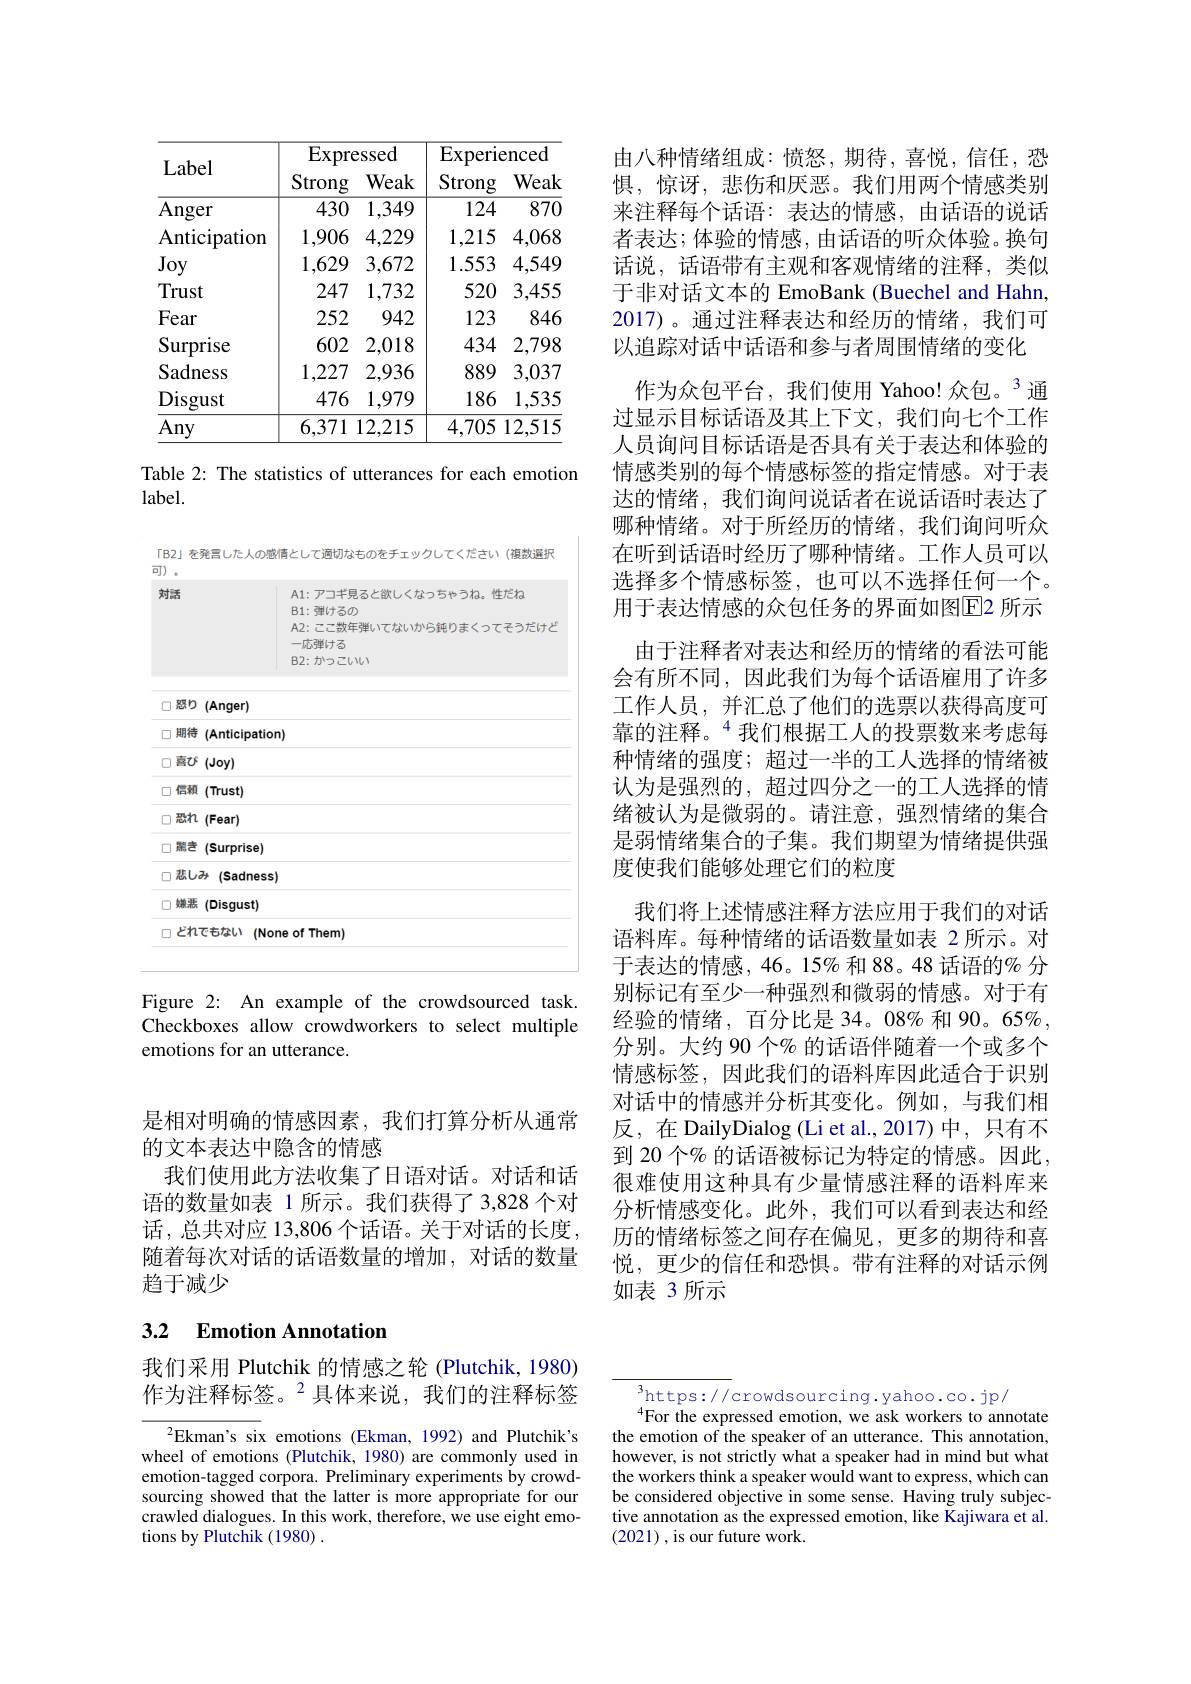
是相对明确的情感因素，我们打算分析从通常
的文本表达中隐含的情感
我们使用此方法收集了日语对话。对话和话语的数量如表 1 所示。我们获得了 3,828 个对话，总共对应 13,806 个话语。关于对话的长度， 随着每次对话的话语数量的增加，对话的数量趋于减少

# 3.2 Emotion Annotation

我们采用 Plutchik 的情感之轮 (Plutchik, 1980) 作为注释标签。$^{2}$具体来说，我们的注释标签

$^{2}$Ekman's six emotions (Ekman, 1992) and Plutchik's wheel of emotions (Plutchik, 1980) are commonly used in emotion-tagged corpora. Preliminary experiments by crowdsourcing showed that the latter is more appropriate for our crawled dialogues. In this work, therefore, we use eight emotions by Plutchik (1980) .

<table>
	<tbody>
		<tr>
			<th rowspan="2">Label</th>
			<th>$\overline{\mathrm{Expre}}$ Strong</th>
			<th>$\mathbf{ssed}$ Weak</th>
			<th>$\overline{\text{Experi}\epsilon}$ Strong</th>
			<th>$ാnced$ Weak</th>
		</tr>
		<tr>
			<th colspan="2">$\operatorname{Expressed}$</th>
			<th colspan="2">$\operatorname{Experienced}$</th>
		</tr>
		<tr>
			<td>Anger</td>
			<td>430</td>
			<td>1,349</td>
			<td>124</td>
			<td>870</td>
		</tr>
		<tr>
			<td>Anticipation</td>
			<td>1,906</td>
			<td>4,229</td>
			<td>1,215</td>
			<td>4,068</td>
		</tr>
		<tr>
			<td>Joy</td>
			<td>1,629</td>
			<td>3,672</td>
			<td>1.553</td>
			<td>4,549</td>
		</tr>
		<tr>
			<td>Trust</td>
			<td>247</td>
			<td>1,732</td>
			<td>520</td>
			<td>3,455</td>
		</tr>
		<tr>
			<td>Fear</td>
			<td>252</td>
			<td>942</td>
			<td>123</td>
			<td>846</td>
		</tr>
		<tr>
			<td>Surprise</td>
			<td>602</td>
			<td>2,018</td>
			<td>434</td>
			<td>2,798</td>
		</tr>
		<tr>
			<td>Sadness</td>
			<td>1,227</td>
			<td>2,936</td>
			<td>889</td>
			<td>3,037</td>
		</tr>
		<tr>
			<td>$\operatorname{Disgust}$</td>
			<td>476</td>
			<td>1,979</td>
			<td>186</td>
			<td>1,535</td>
		</tr>
		<tr>
			<td>Any</td>
			<td>6,371</td>
			<td>12,215</td>
			<td>4,705</td>
			<td>12,515</td>
		</tr>
	</tbody>
</table>

Table 2: The statistics of utterances for each emotion
$label.$

<table>
	<tbody>
		<tr>
			<td>対話</td>
			<td>A1:アコギ見ると欲しくなっちゃうね。性だね B1:弹けるの $A2:$こご数年弾いてないから鈍りまくってそうだけと 一応弾ける $B2:办>ZVV$</td>
		</tr>
		<tr>
			<td>怒$b$ $(\mathbf{Anger})$ $\square$</td>
			<td>er)</td>
		</tr>
		<tr>
			<td>期待 C (Anticipa</td>
			<td>cipation)</td>
		</tr>
		<tr>
			<td>永 $\square$ $(Joy)$</td>
			<td> </td>
		</tr>
		<tr>
			<td>信頼 口 (Trust)</td>
			<td>$t)$</td>
		</tr>
		<tr>
			<td>恐れ (Fear) C</td>
			<td> </td>
		</tr>
		<tr>
			<td>聯老 口 $(\mathbf{Surprise})$</td>
			<td>rise)</td>
		</tr>
		<tr>
			<td>悲しみ $(\mathsf{Sadne}$ E</td>
			<td>adness)</td>
		</tr>
		<tr>
			<td>嫩恶 口 (Disgust)</td>
			<td>$ust)$</td>
		</tr>
		<tr>
			<td>どれでもない $\Gamma$</td>
			<td>(None of Them)</td>
		</tr>
	</tbody>
</table>

Figure 2: An example of the crowdsourced task. Checkboxes allow crowdworkers to select multiple emotions for an utterance.

由八种情绪组成：愤怒，期待，喜悦，信任，恐惧，惊讶，悲伤和厌恶。我们用两个情感类别来注释每个话语：表达的情感，由话语的说话者表达；体验的情感，由话语的听众体验。换句话说，话语带有主观和客观情绪的注释，类似于非对话文本的 EmoBank (Buechel and Hahn, 2017)。通过注释表达和经历的情绪，我们可以追踪对话中话语和参与者周围情绪的变化
作为众包平台，我们使用 Yahoo! 众包。$^{3}$通过显示目标话语及其上下文，我们向七个工作人员询问目标话语是否具有关于表达和体验的情感类别的每个情感标签的指定情感。对于表达的情绪，我们询问说话者在说话语时表达了哪种情绪。对于所经历的情绪，我们询问听众在听到话语时经历了哪种情绪。工作人员可以选择多个情感标签，也可以不选择任何一个。用于表达情感的众包任务的界面如图E2 所示
由于注释者对表达和经历的情绪的看法可能会有所不同，因此我们为每个话语雇用了许多工作人员，并汇总了他们的选票以获得高度可靠的注释。$^{4}$我们根据工人的投票数来考虑每种情绪的强度；超过一半的工人选择的情绪被认为是强烈的，超过四分之一的工人选择的情绪被认为是微弱的。请注意，强烈情绪的集合是弱情绪集合的子集。我们期望为情绪提供强度使我们能够处理它们的粒度
我们将上述情感注释方法应用于我们的对话语料库。每种情绪的话语数量如表 2 所示。对于表达的情感，46。15% 和 88。48 话语的% 分别标记有至少一种强烈和微弱的情感。对于有经验的情绪，百分比是 34。08% 和 90。65%, 分别。大约 90 个% 的话语伴随着一个或多个情感标签，因此我们的语料库因此适合于识别对话中的情感并分析其变化。例如，与我们相反，在 DailyDialog (Li et al.,2017)中，只有不到 20 个% 的话语被标记为特定的情感。因此， 很难使用这种具有少量情感注释的语料库来分析情感变化。此外，我们可以看到表达和经历的情绪标签之间存在偏见，更多的期待和喜悦，更少的信任和恐惧。带有注释的对话示例如表 3 所示

${\frac{^3\mathrm{https://}}{4\mathbf{F}\mathbf{d}\mathbf{r}\mathbf{d}\mathbf{r}\mathbf{d}\mathbf{s}\mathbf{ourcing.yahoo.co.jp/}}}$
$^{4}$For the expressed emotion, we ask workers to annotate the emotion of the speaker of an utterance. This annotation, however, is not strictly what a speaker had in mind but what the workers think a speaker would want to express, which can be considered objective in some sense. Having truly subjective annotation as the expressed emotion, like Kajiwara et al. (2021),is our future work